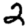
Digit: 2